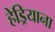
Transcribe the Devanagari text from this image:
हेड्रियाना